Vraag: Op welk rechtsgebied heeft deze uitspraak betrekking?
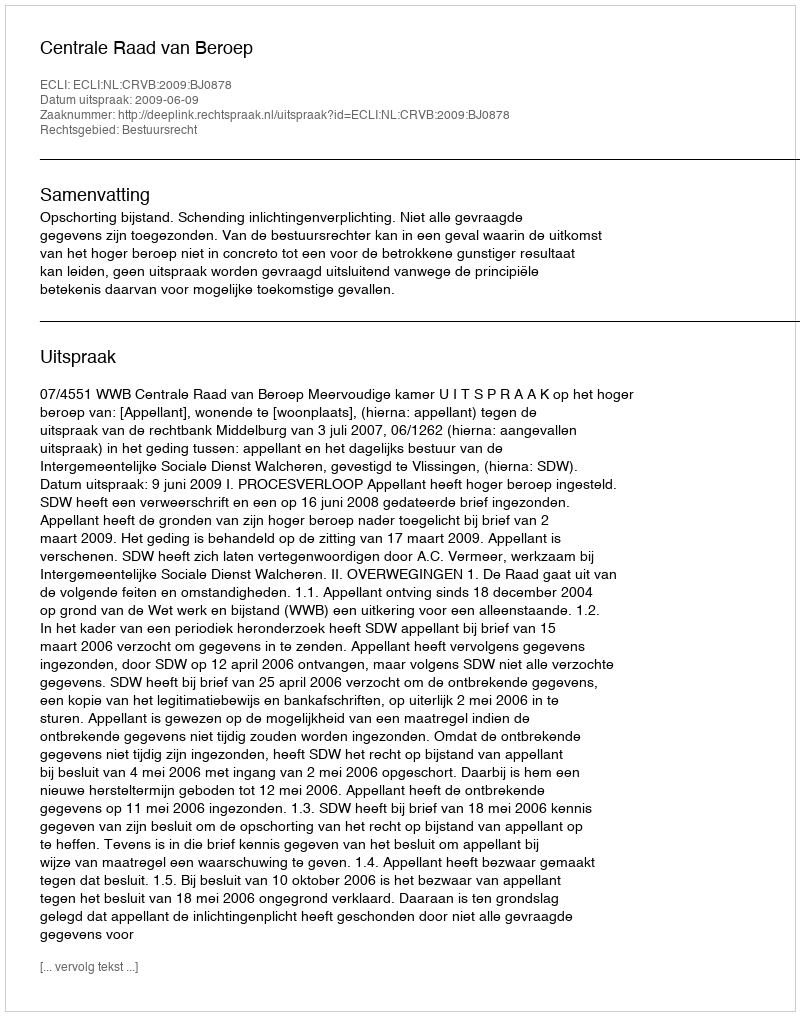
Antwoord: Bestuursrecht